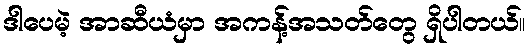
ဒါပေမဲ့ အာဆီယံမှာ အကန့်အသတ်တွေ ရှိပါတယ်။